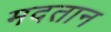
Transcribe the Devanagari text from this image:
मदतान